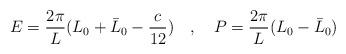
LaTeX: \begin{align*}E=\frac{2\pi }{L}(L_{0}+\bar{L}_{0}-\frac{c}{12})\quad ,\quad P=\frac{2\pi }{L}(L_{0}-\bar{L}_{0})\end{align*}